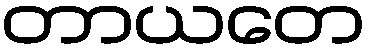
တာယတေ